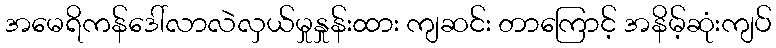
အမေရိကန်ဒေါ်လာလဲလှယ်မှုနှုန်းထား ကျဆင်း တာကြောင့် အနိမ့်ဆုံးကျပ်